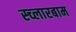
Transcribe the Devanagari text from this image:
स्च्लारबाम